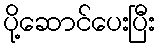
ပို့ဆောင်ပေးပြီး